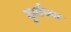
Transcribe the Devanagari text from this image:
दुर्वांच्या